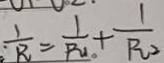
\frac { 1 } { R _ { 1 } } = \frac { 1 } { R _ { 1 } } + \frac { 1 } { R _ { 2 } }